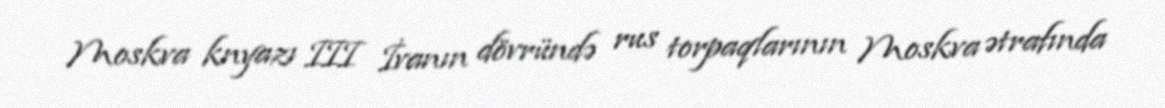
Moskva knyazı III İvanın dövründə rus torpaqlarının Moskva ətrafında